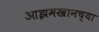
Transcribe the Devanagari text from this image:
आझमखानच्या